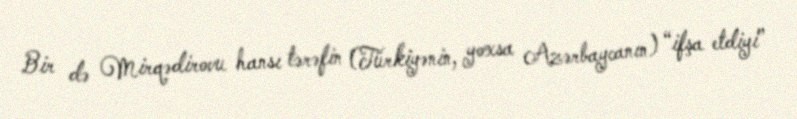
Bir də Mirqədirovu hansı tərəfin (Türkiyənin, yoxsa Azərbaycanın) “ifşa etdiyi”